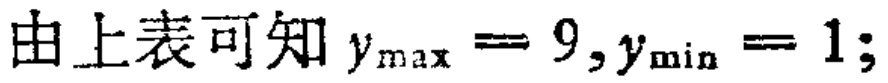
由上表可知 \(y_{\max}=9,y_{\min}=1;\)